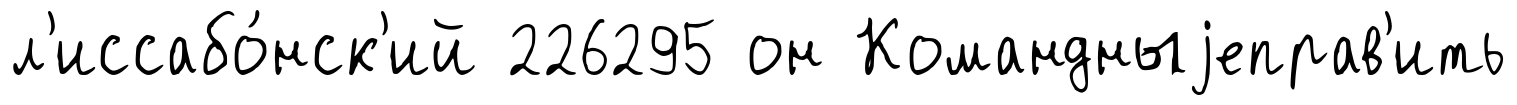
л'иссабо́нск'ий 226295 он Командныjеправ'ить